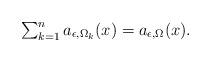
LaTeX: \begin{align*}\begin{array}{l}\sum_{k=1}^{n}a_{\epsilon,\Omega_k}(x)=a_{\epsilon,\Omega}(x).\end{array}\end{align*}